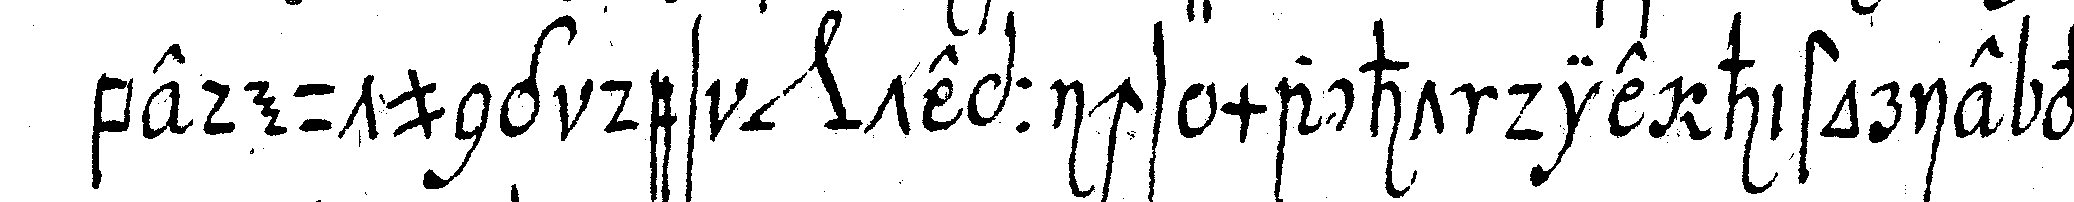
bedeutung des *nee* teppichs macht die historie vom